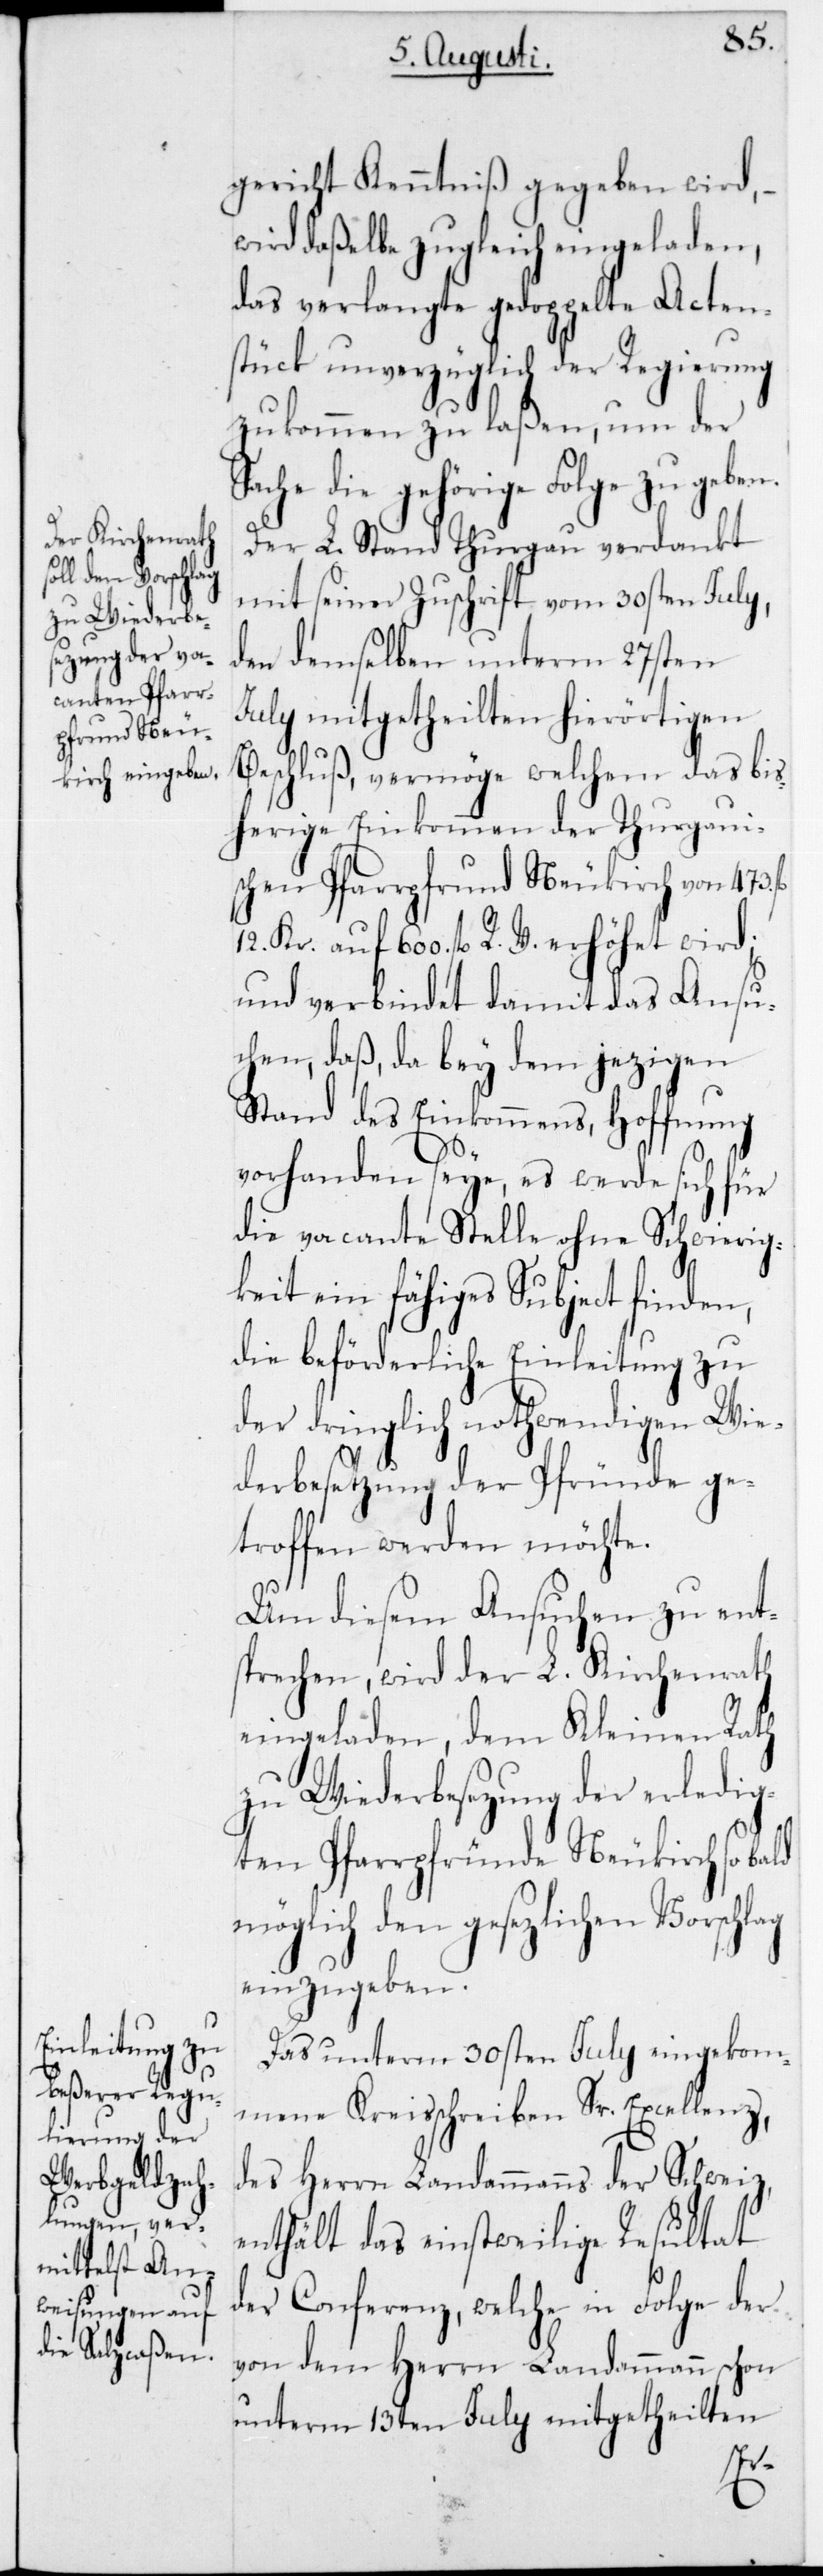
z,d¬
gericht Kenntniß gegeben wird,
wird daßelbe zugleich eingeladen,
das verlangte gedoppelte Acten¬
stück unverzüglich der Regierung
zukommen zu laßen, um der
Sache die gehörige Folge zu geben.
Der L. Stand Thurgau verdankt
mit seiner Zuschrift vom 30sten July,
den demselben unterm 27sten
July mitgetheilten hierörtigen
Beschluß, vermöge welchem das bis¬
herige Einkommen der Thurgaui¬
schen Pfarrpfrund Neukirch von 473 f¬
600 fl. R. V. erhöhet wird;
und verbindet damit das Ansu¬
chen, daß, da bey dem jezigen¬
Stand des Einkommens, Hoffnung
vorhanden seye, es werde sich für
die vacante Stelle ohne Schwierig¬
keit ein fähiges Subject finden,
die beförderliche Einleitung zu
der dringlich nothwendigen Wie¬
derbesetzung der Pfründe ge¬
troffen werden möchte.
Um diesem Ansuchen zu ent¬
sprechen, wird der L. Kirchenrath
eingeladen, dem Kleinen Rath
zu Wiederbesezung der erledig¬
ten Pfarrpfründe Neukirch so bald
möglich den gesezlichen Vorschlag
einzugeben.
Das unterm 30sten July eingekom¬
mene Kreisschreiben Sr. Excellen¬
es Herrn Landammanns der Schweiz,
enthält das einstweilige Resultat
der Conferenz, welche in Folge der
von dem Herrn Landammann schon
unterm 13ten July mitgetheilten
l.